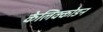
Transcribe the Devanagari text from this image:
केलिक्कोडन